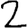
Digit: 2